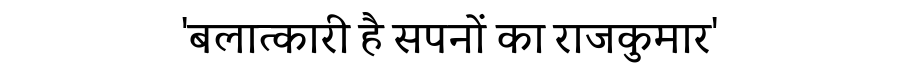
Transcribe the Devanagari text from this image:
'बलात्कारी है सपनों का राजकुमार'